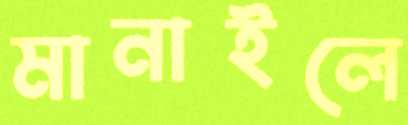
মানাইলে